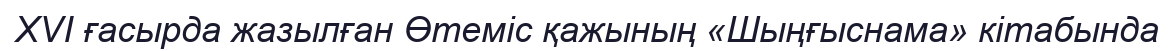
XVI ғасырда жазылған Өтеміс қажының «Шыңғыснама» кітабында